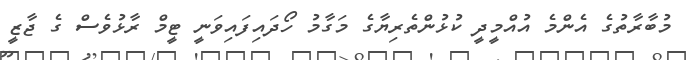
މުބާރާތުގެ އެންމެ އުއްމީދީ ކުޅުންތެރިޔާގެ މަގާމު ހޯދައިފައިވަނީ ޓީމް ރާޅުވެސް ގެ ޖާޒީ